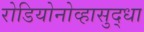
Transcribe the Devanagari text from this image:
रोडियोनोव्हासुद्धा